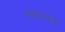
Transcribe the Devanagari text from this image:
भागांमधेही